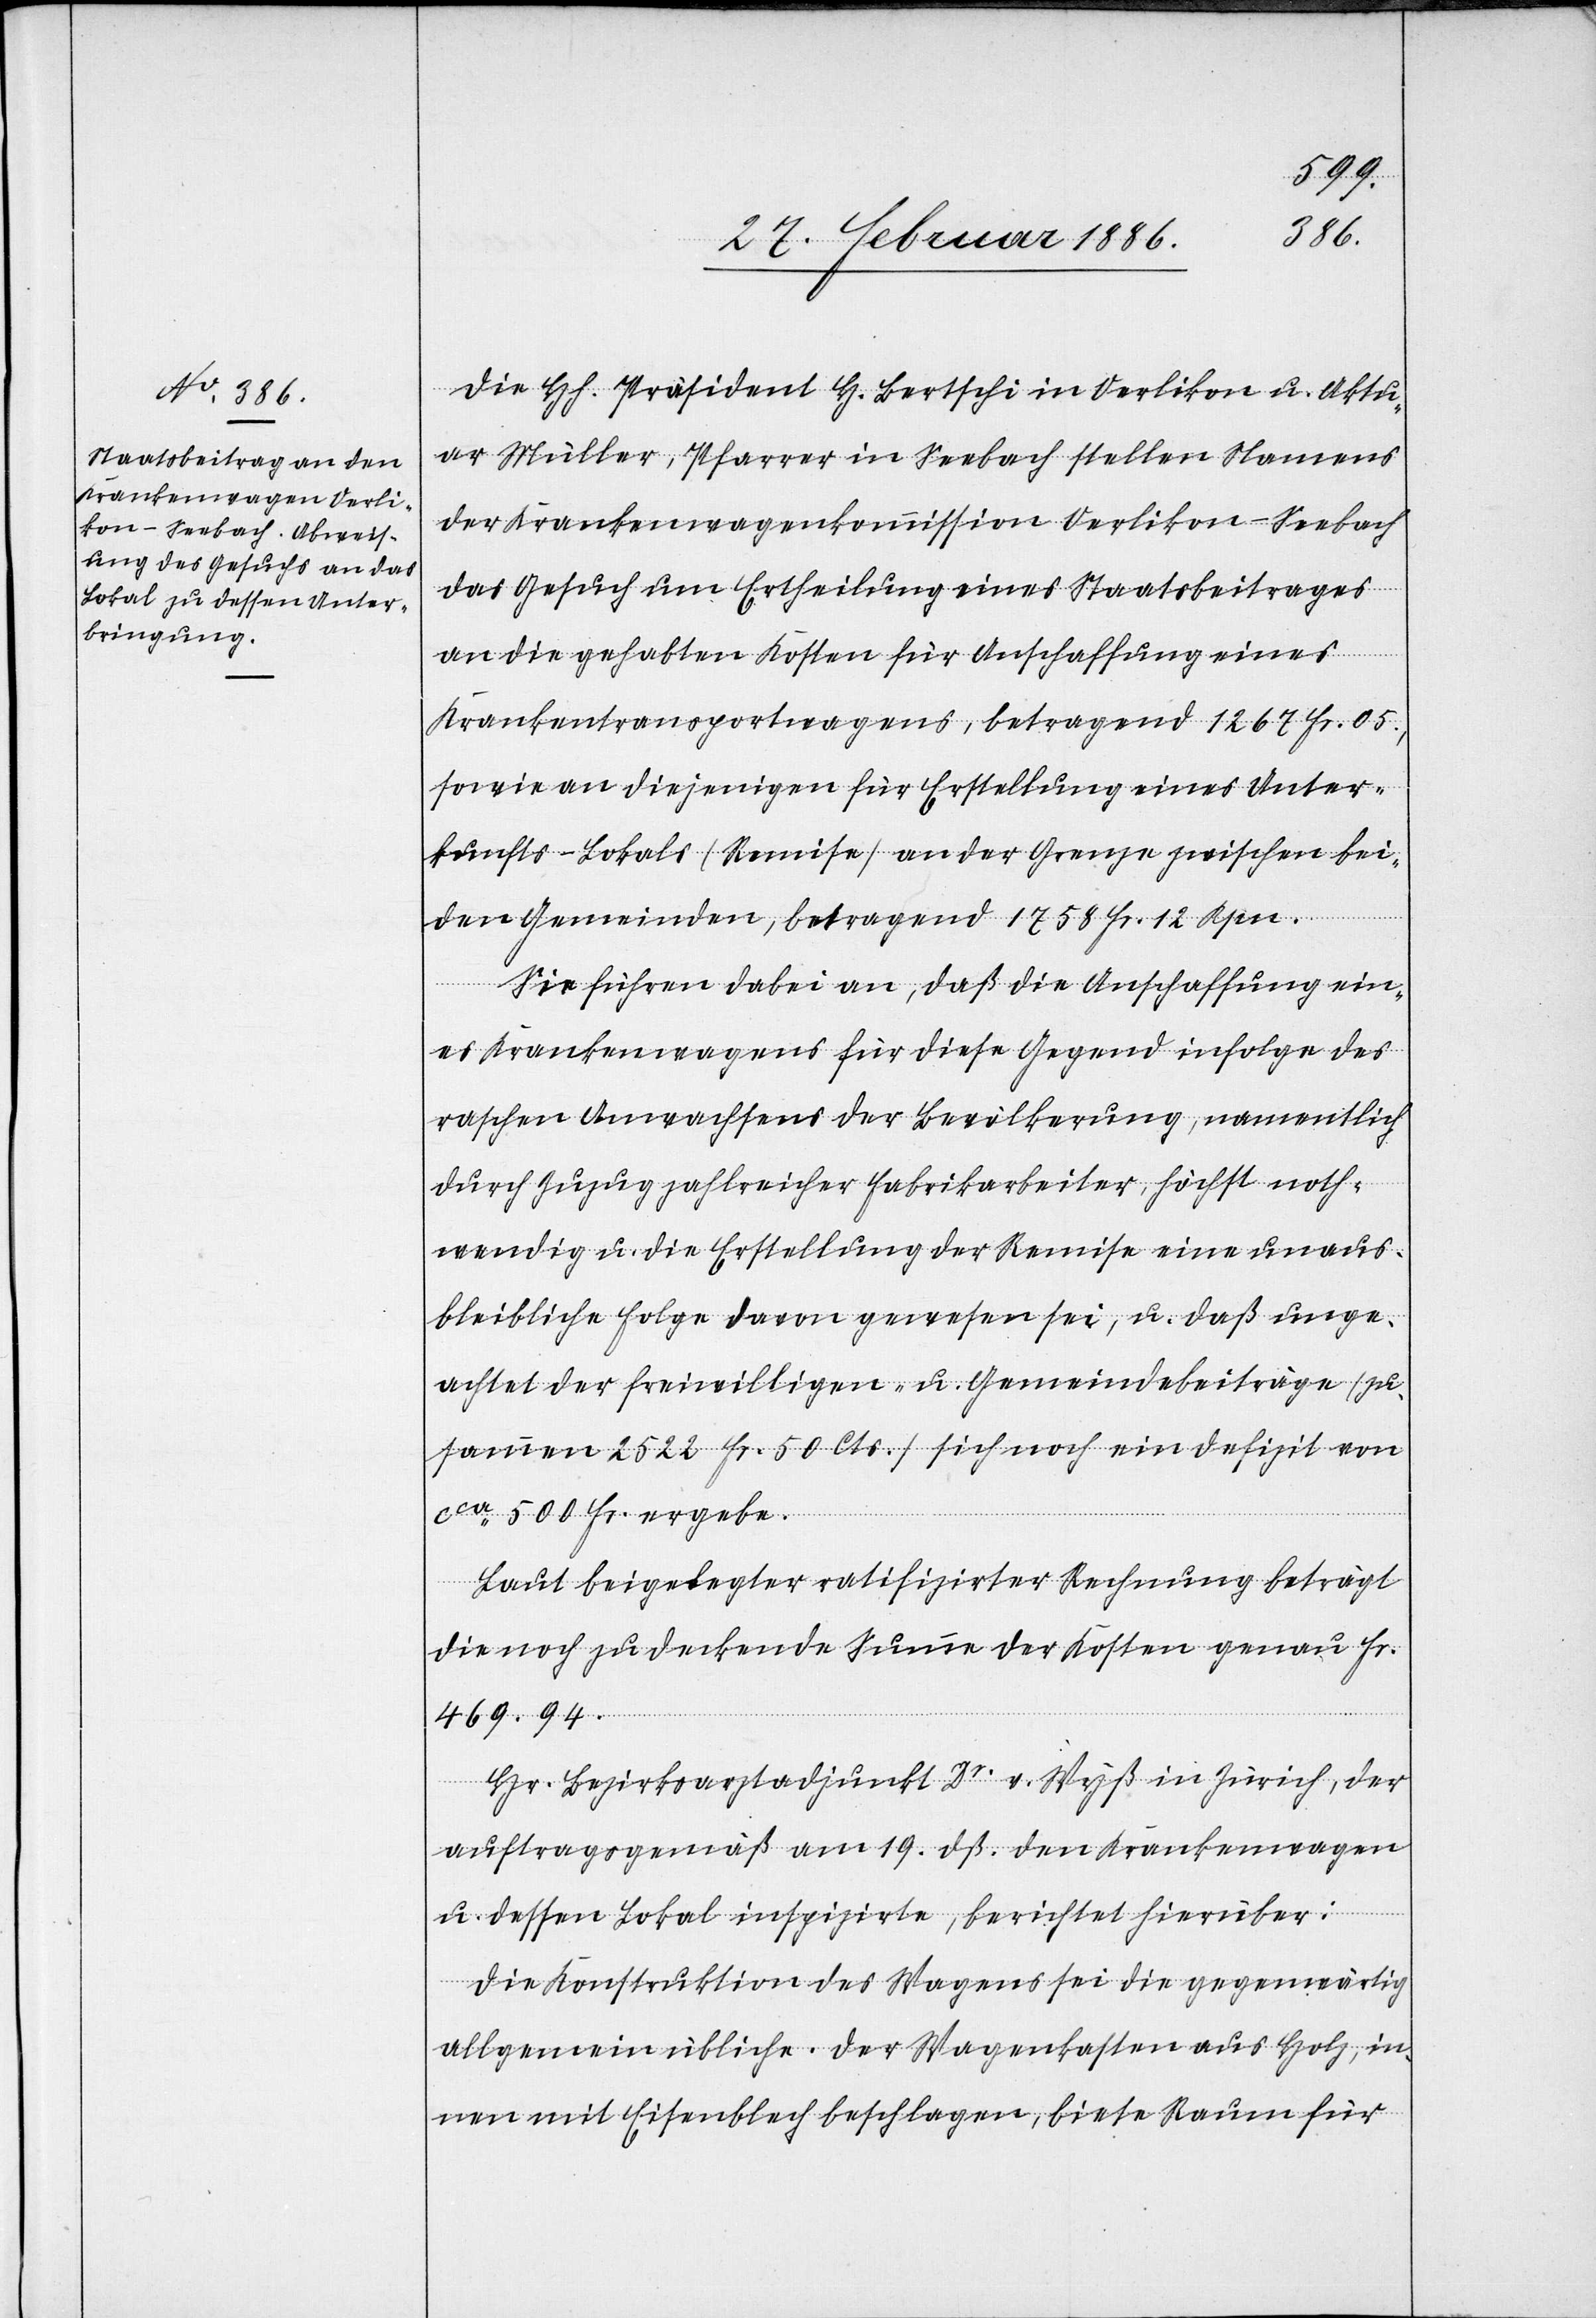
Die Hh. Präsident H. Bertschi in Oerlikon u. Aktu¬
ar Müller, Pfarrer in Seebach stellen Namens
der Krankenwagenkommission Oerlikon-Seebach
das Gesuch um Ertheilung eines Staatsbeitrages
an die gehabten Kosten für Anschaffung eines
Krankentransportes, betragend 1267 Fr. 05.,
sowie an diejenigen für Erstellung eines Unter¬
kunfts-Lokals (Remise) an der Grenze zwischen bei¬
den Gemeinden, betragend 1758 Fr. 12 Rpn.
Sie führen dabei an, daß die Anschaffung ein¬
es Krankenwagens für diese Gegend infolge des
raschen Anwachsens der Bevölkerung, namentlich
durch Zuzug zahlreicher Fabrikarbeiter, höchst noth¬
wendig u. die Erstellung der Remise eine unaus¬
bleibliche Folge davon gewesen sei, u. daß unge¬
achtet der Freiwilligen- u. Gemeindebeiträge (zu¬
sammen 2522 Fr. 50 Cts.) sich noch ein Defizit von
cca 500 Fr. ergebe.
Laut beigelegter ratifizirter Rechnung beträgt
die noch zu deckende Summe der Kosten genau Fr.
469.94.
Hr. Bezirksarztadjunkt Dr. v. Wyß in Zürich, der
auftragsgemäß am 19. dß. den Krankenwagen
u. dessen Lokal inspizirte, berichtet hierüber:
Die Konstruktion des Wagens sei die gegenwärtig
allgemein übliche. Der Wagenkasten aus Holz, in¬
nen mit Eisenblech beschlagen, biete Raum für